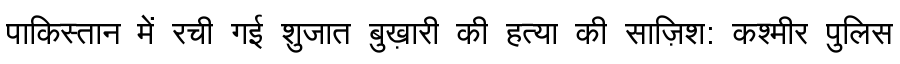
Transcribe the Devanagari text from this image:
पाकिस्तान में रची गई शुजात बुख़ारी की हत्या की साज़िश: कश्मीर पुलिस